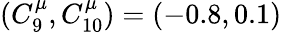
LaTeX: (C_{9}^{\mu},C_{10}^{\mu})=(-0.8,0.1)